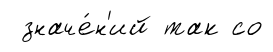
значе́н'ий так со